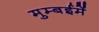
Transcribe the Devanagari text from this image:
मुम्बईमें